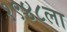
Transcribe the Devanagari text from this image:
१९४८ला